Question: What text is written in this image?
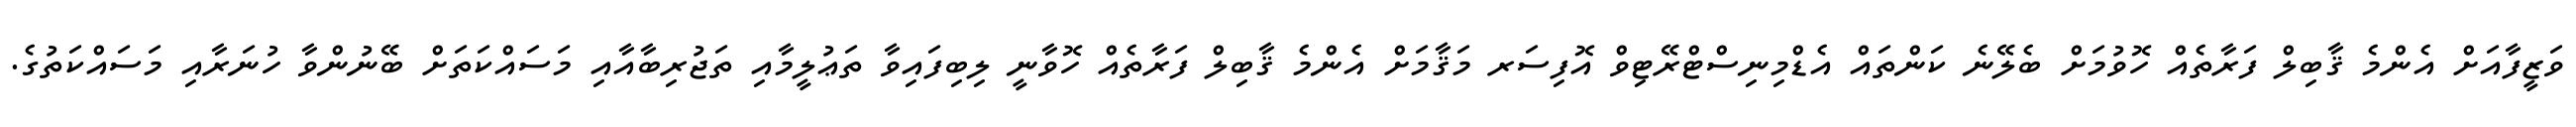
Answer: ވަޒީފާއަށް އެންމެ ޤާބިލް ފަރާތެއް ހޮވުމަށް ބެލޭނެ ކަންތައް އެޑްމިނިސްޓްރޭޓިވް އޮފިސަރ މަޤާމަށް އެންމެ ޤާބިލް ފަރާތެއް ހޮވާނީ ލިބިފައިވާ ތަޢުލީމާއި ތަޖުރިބާއާއި މަސައްކަތަށް ބޭނުންވާ ހުނަރާއި މަސައްކަތުގެ.